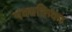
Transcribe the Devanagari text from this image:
एकाकिका